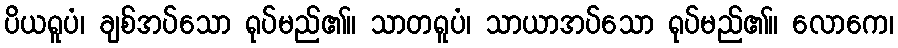
ပိယရူပံ၊ ချစ်အပ်သော ရုပ်မည်၏။ သာတရူပံ၊ သာယာအပ်သော ရုပ်မည်၏။ လောကေ၊